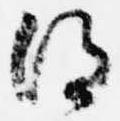
得